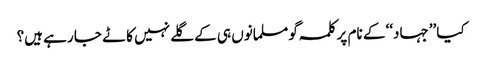
کیا ’’جہاد‘‘ کے نام پر کلمہ گو مسلمانوں ہی کے گلے نہیں کاٹے جا رہے ہیں؟